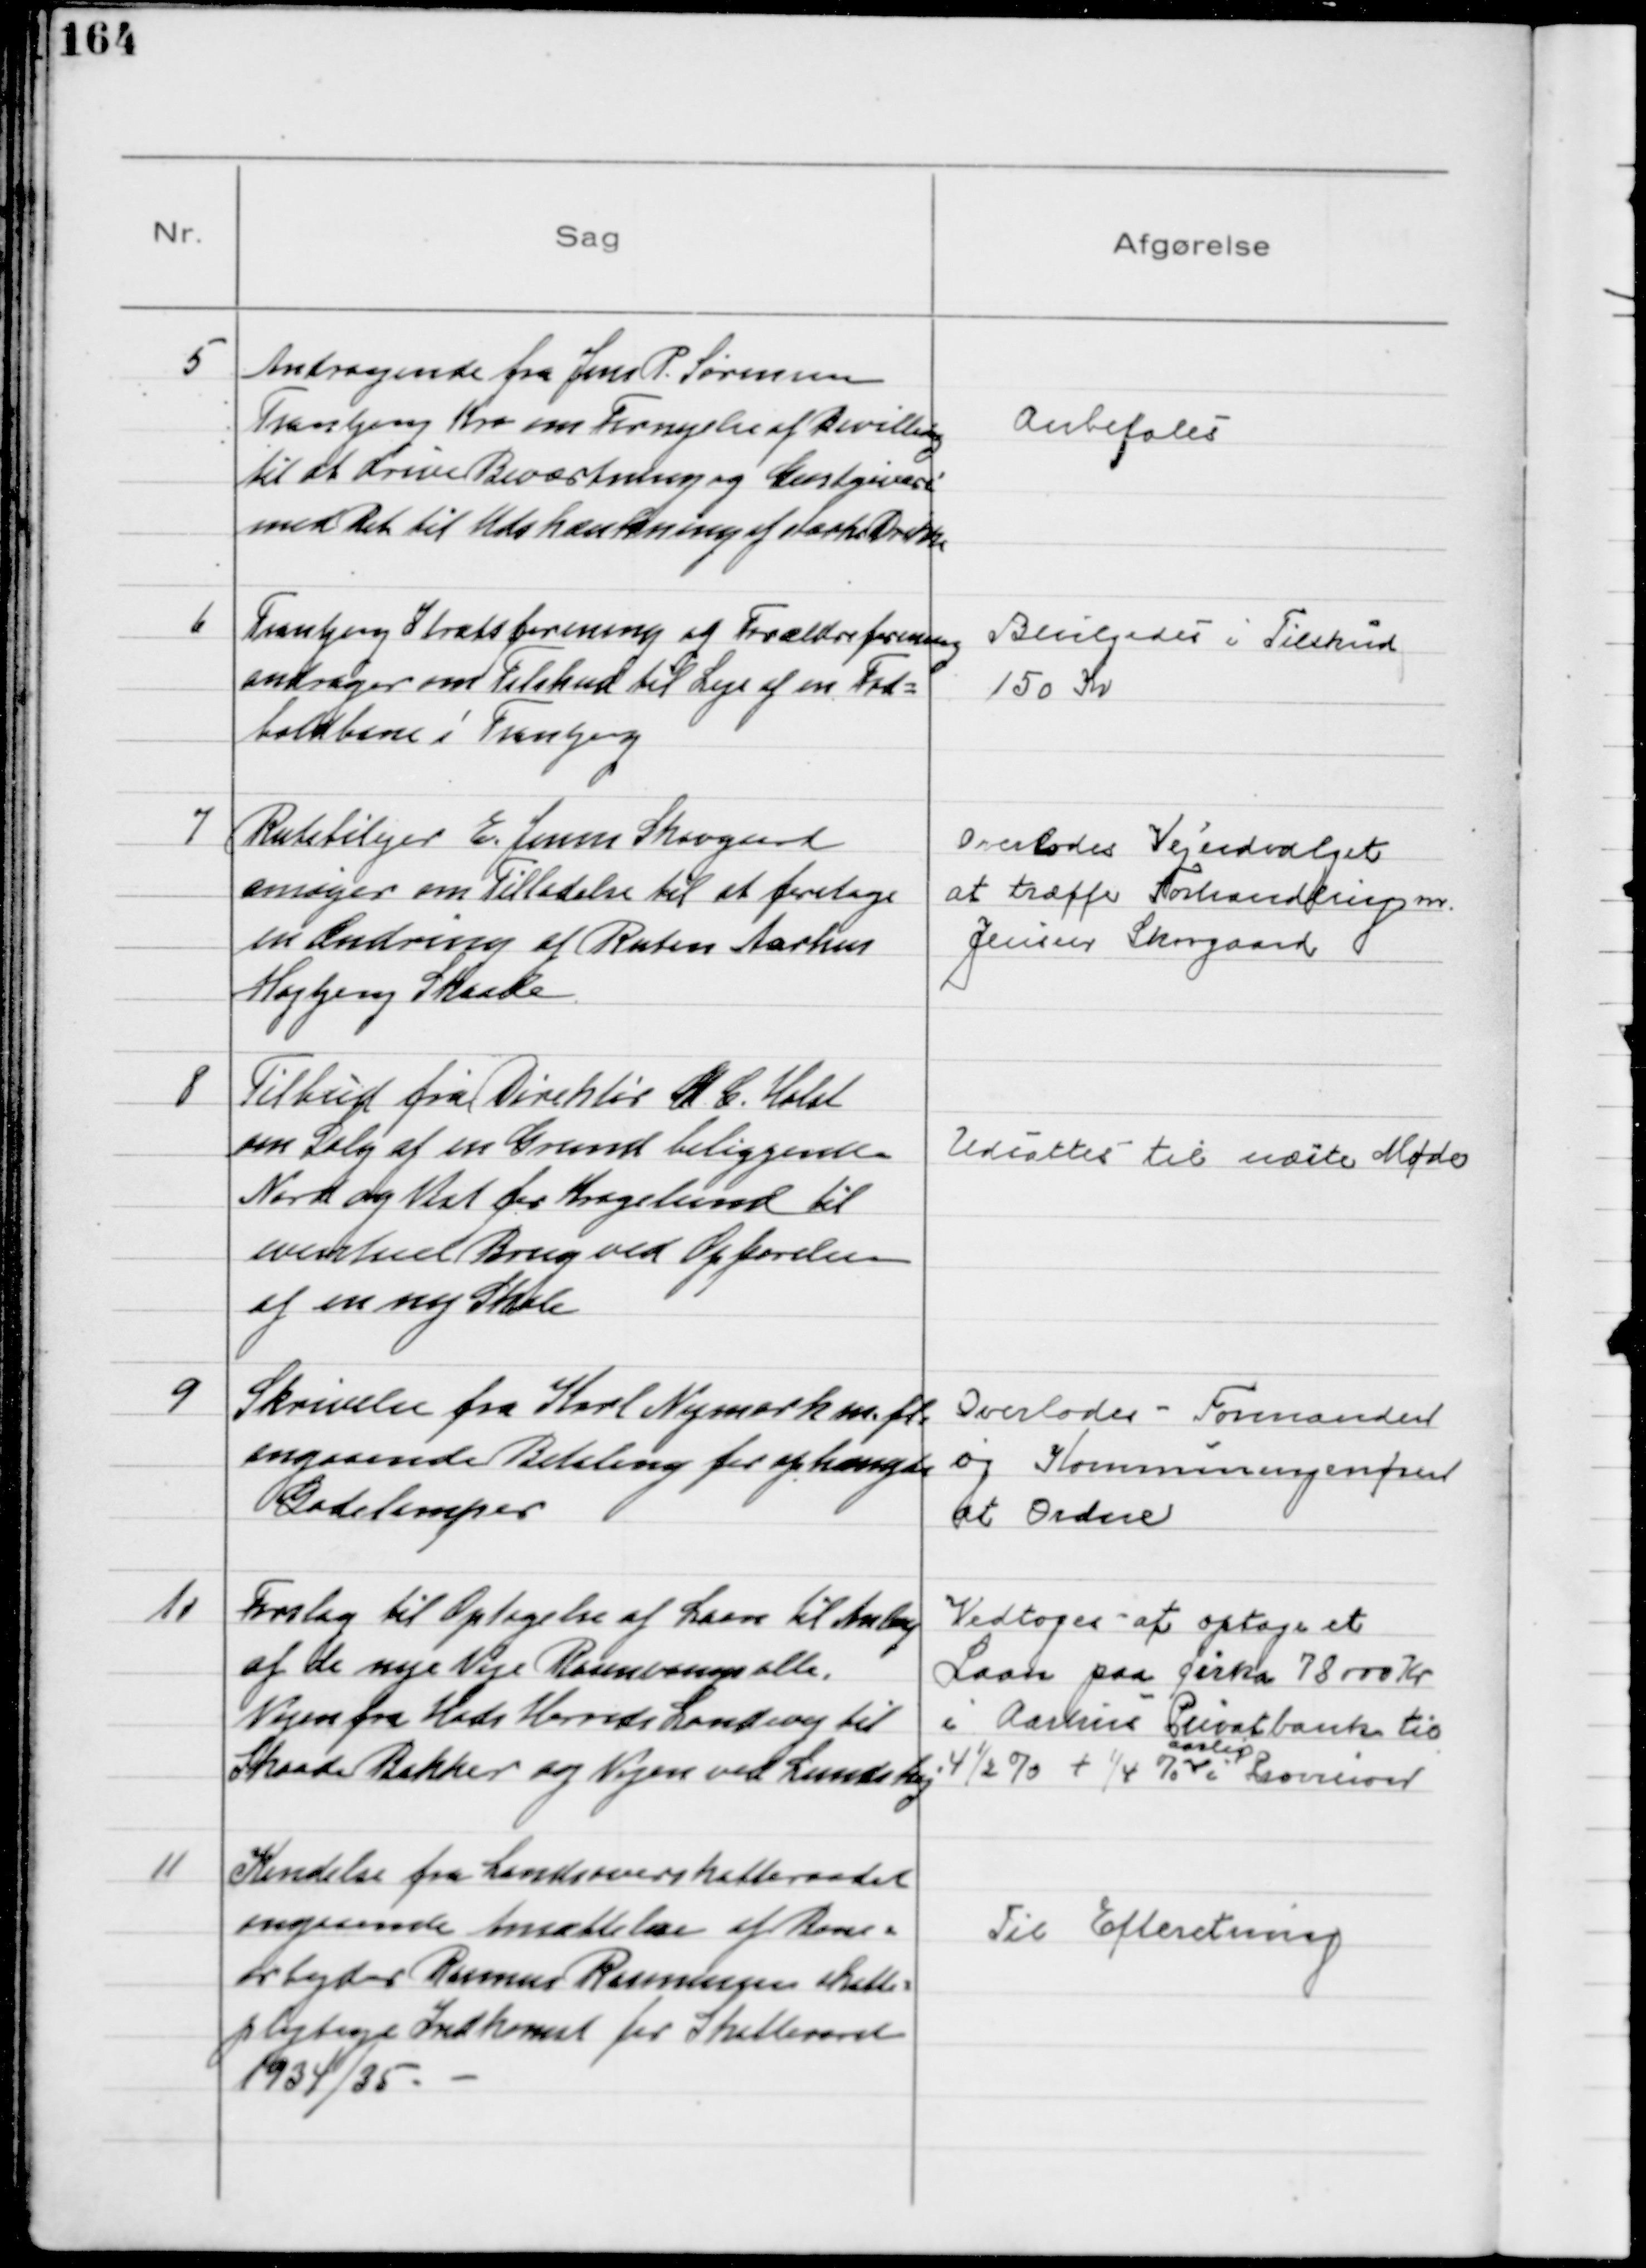
Transskription:
5
Andragende fra Jens P. Sørensen
Tranbjerg Kro om Fornyelse af Bevilling
til at drive Beværtning og Gæstgiveri
med Ret til Udskænkning af stærke Drikke

Anbefales

6
Tranbjerg Idrætsforening og Forældreforening
andrager om Tilskud til Leje af en Fod=
boldbane i Tranbjerg

Bevilgedes i Tilskud
150 Kr

7
Rutebilejer E. Jensen Skovgaard
ansøger om Tilladelse til at foretage
en Ændring af Ruten Aarhus
Højbjerg Skaade

Overlodes Vejudvalget
at træffe Forhandling m.
Jensen Skovgaard

8
Tilbud fra Direktør H C. Holst
om Salg af en Grund beliggende
Nord og Vest for Kragelund til
eventuel Brug ved Opførelsen
af en ny Skole

Udsattes til næste Møde

9
Skrivelse fra Karl Nymark m.fl.
angaaende Betaling for ophængte
Gadelamper

Overlodes - Formanden
og Kommuneingenøren
at Ordne

10
Forslag til Optagelse af Laan til Anlæg
af de nye Veje Rosenvangsalle,
Vejen fra Hads Herreds Landevej til
Skaade Bakker og Vejen ved Lundshøj
Vedtoges at optage et
Laan paa Cirka 78000 Kr
i Aarhus Privatbank til
4½ % + ¼ %
aarlig
i Provision

11
Kendelse fra Landsoverskatteraadet
angaaende Ansættelse af Bane=
arbejder Rasmus Rasmussens skatte=
pligtige Indkomst for Skatteaaret
1934/35.

Til Efteretning